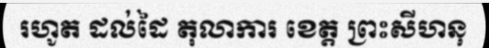
រហូត ដល់ដៃ តុលាការ ខេត្ត ព្រះសីហនុ